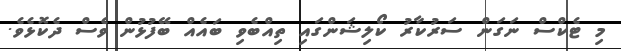
މި ޓެކްސް ނަގަން ސަރުކާރު ކޯލިޝަންގައި ތިއްބެވި ބައެއް ބޭފުޅުން ވެސް ދެކޮޅެވެ.